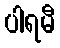
ပါရမီ